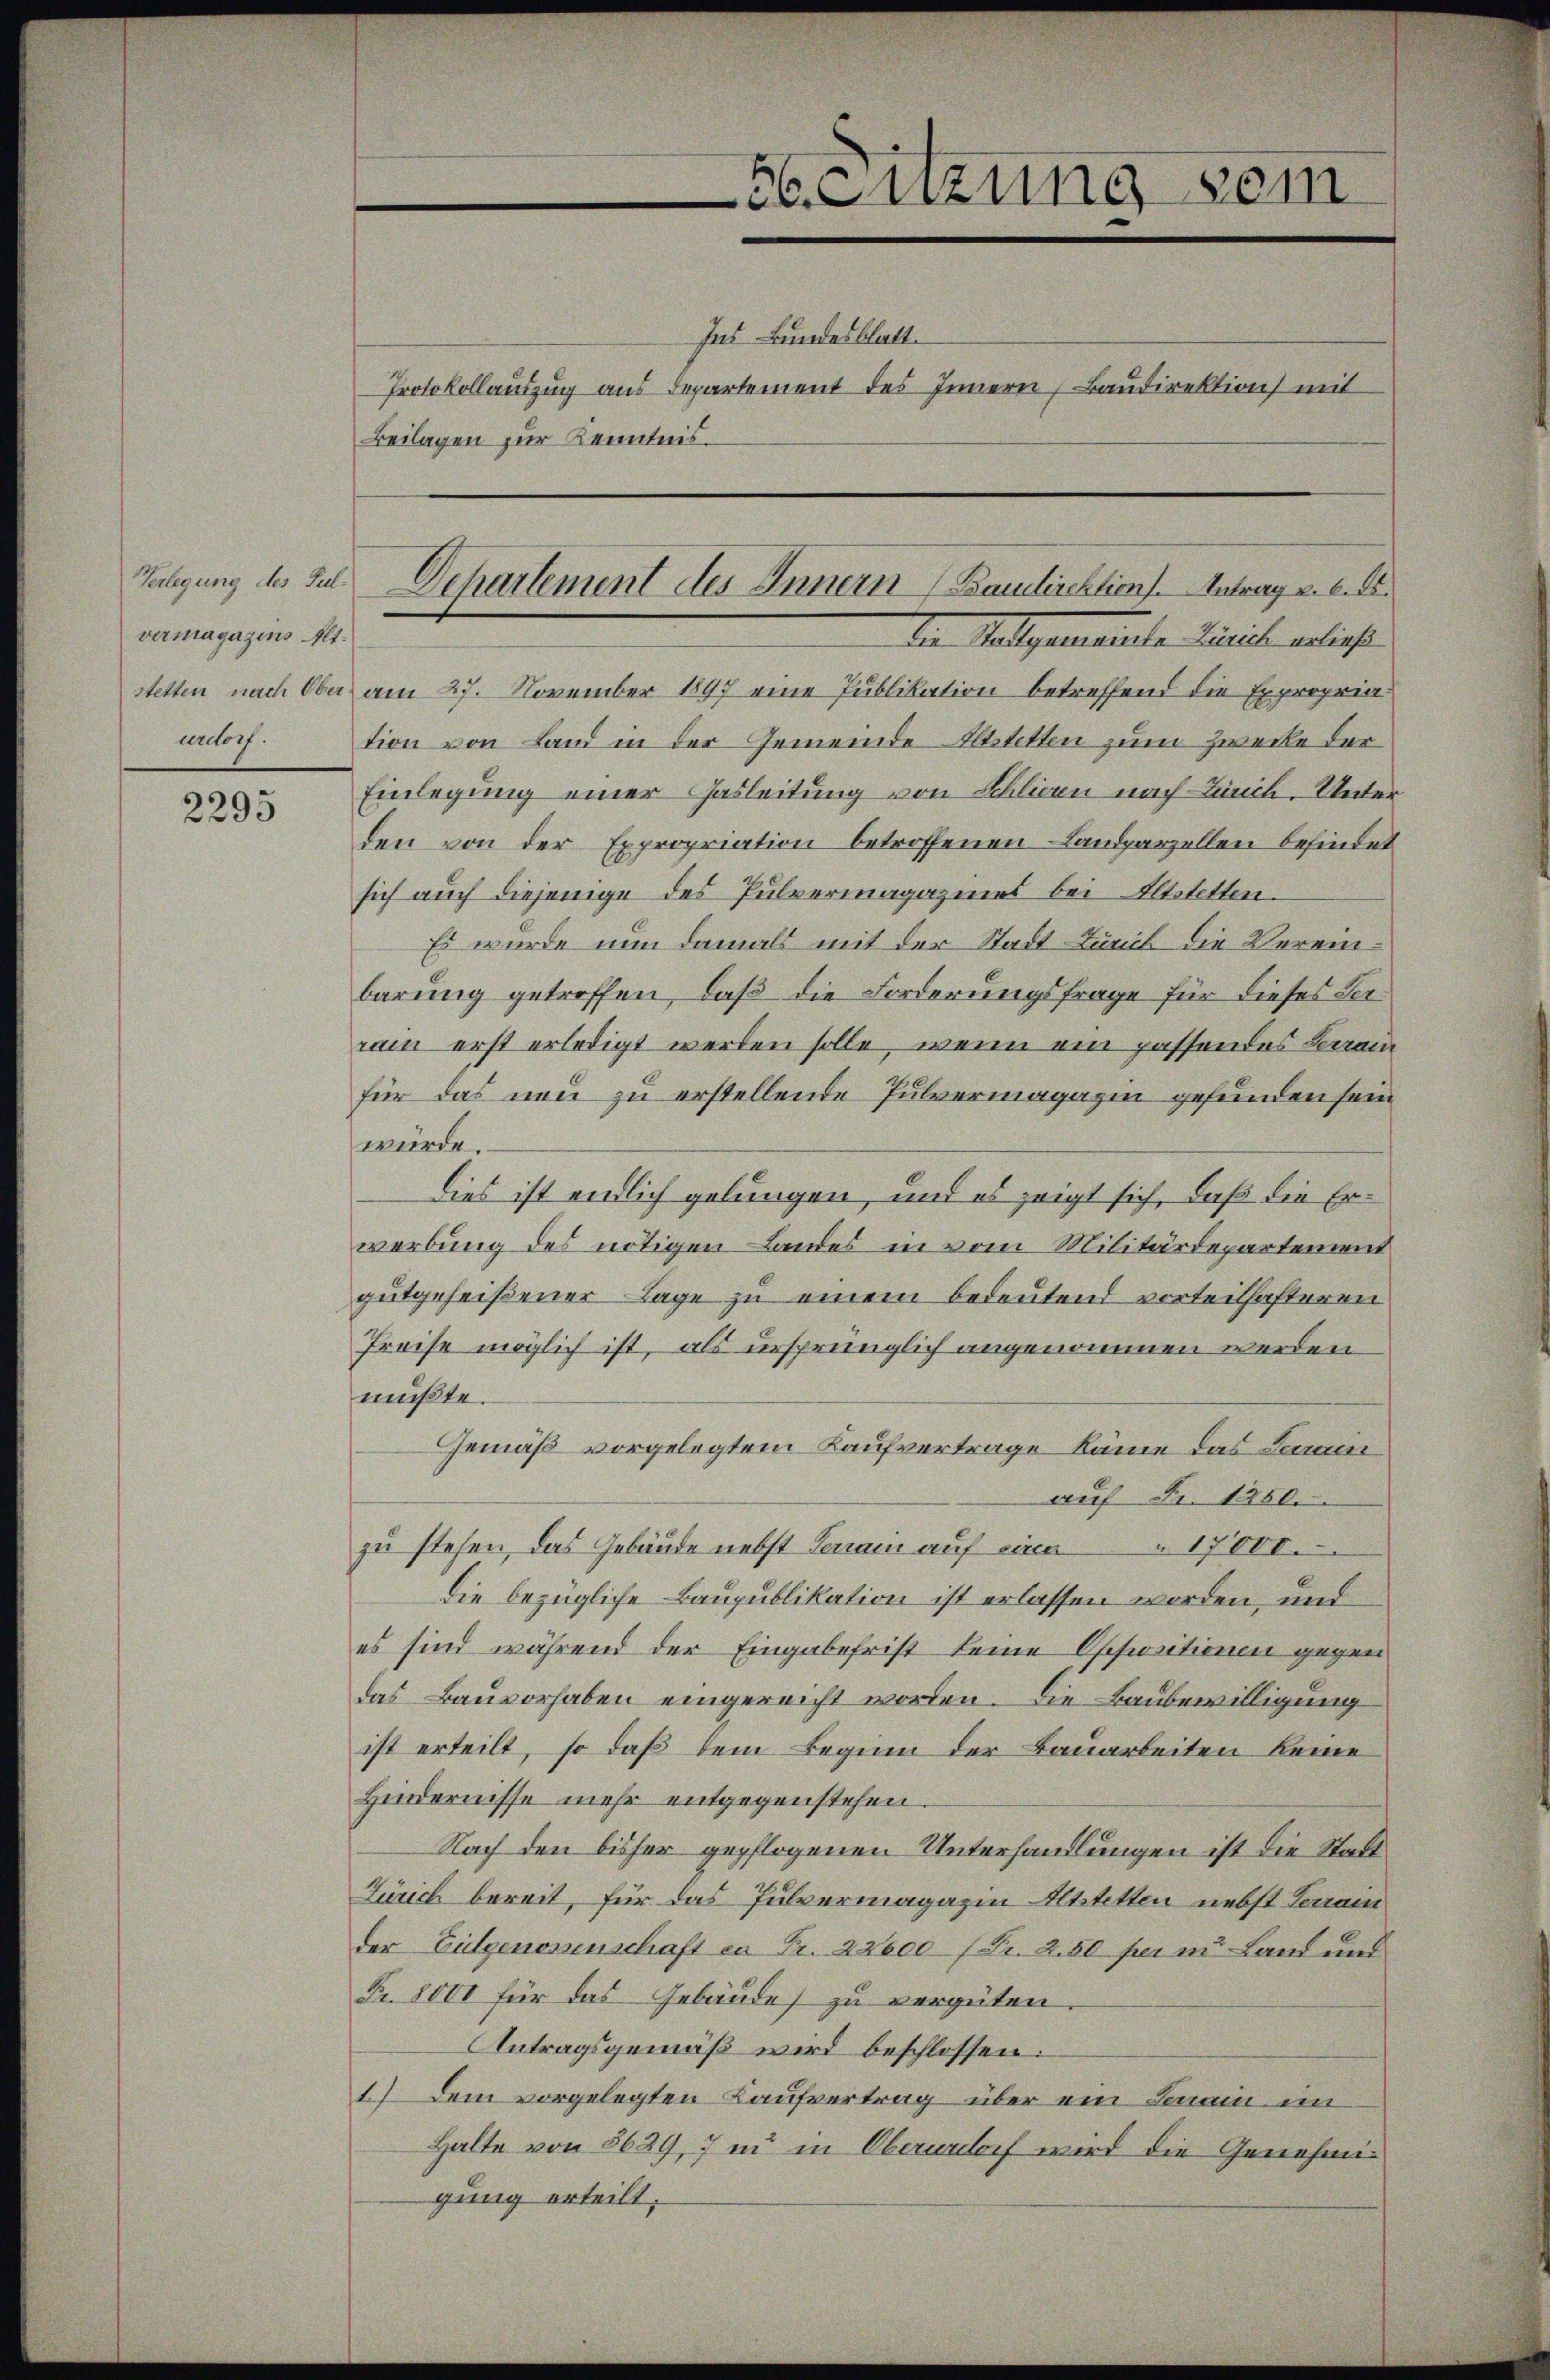
vermagazins Alt.
urdorf.

2295

56. Enzung sein

Tagung des Jul. Dchartement des Innern (Baudirektion. Antrag u. 6. ds.
Den Mallgemeiste Dich erliche

Ins Bundesblatt.
Protokollauszug aus Departement des Innern, Baudirektion mit
Beilagen zur Kenntnis.
stetten nach Ober am 27. November 1897 eine Publikation betreffend die Expropriation von Land in der Gemeinde Astetten zum Zwecke der
Einlegung einer Gasleitung von Schlin nach Zürch. Unter
den von der Expropriation betroffenen Landparzellen befindet
sich auch diejenige des Pulvermagazines bei Altstetten.
Es wurde nun damals mit der Stadt Burck die Vereinbarung getreffen, daß die Forderungsfrage für dieses Serrain erst erledigt werden solle, wenn ein passendes Lerrain
für das neu zu erstellende Pulvermagazin gefunden sein
würde.
Dies ist endlich gelungen, und es zeigt sich, daß die Erwerbung des nötigen Landes in vom Militärdepartement
gutgeheißener Lage zu einem bedeutend vorteilhafteren
Preise möglich ist, als ursprünglich angenommen werden
mußte.
Gemäß vorgelegtem Kaufvertrage käme das Lauin
auf Fr. 1250.
zu stehen, das Gebäude nebst Terrain auf eine 17000.
Die bezügliche Baupublikation ist erlassen worden, und
es sind während der Eingabefrist keine Oppositionen gegen
das Bauvorhaben eingereicht worden. Die Baubewilligung
ist erteilt, so daß dem Beginn der Bauarbeiten keine
Hindernisse mehr entgegenstehen.
Nach den bisher gepflogenen Unterhandlungen ist die Stadt
Zürich bereit, für das Pulvermagazin Altstetten nebst Terrain
der Eugenossenschaft in Fr. 22600 Fr. 2.50 per in Land und
Fr. 8000 für das Gebäude zu vergüten.
Antragsgemäß wird beschlossen:
1.) Dem vorgelegten Laufvertrag über ein Lain im
Halte von 8629, 7 in in Oberanlorf wird die Genehmigung erteilt;